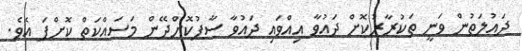
ދައުލަތުން ވަނީ ތަކުރާރުކޮށް ދައުވާ އިއްވައި ދައުވާ ސާފުކޮށްދޭން މަސައްކަތް ކޮށްފަ އެވެ.